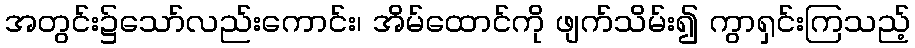
အတွင်း၌သော်လည်းကောင်း၊ အိမ်ထောင်ကို ဖျက်သိမ်း၍ ကွာရှင်းကြသည့်